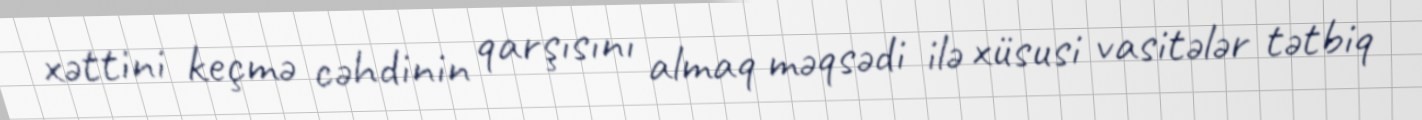
xəttini keçmə cəhdinin qarşısını almaq məqsədi ilə xüsusi vasitələr tətbiq